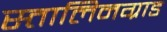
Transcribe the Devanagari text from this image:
स्तालिनग्राड